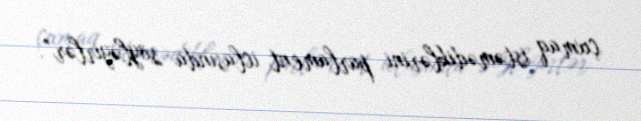
çıxmaq istəmədiklərini parlament iclasında söyləyirlər”.